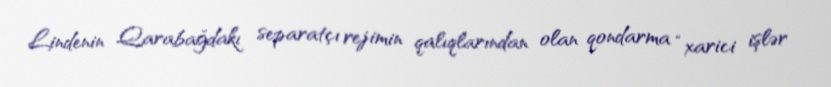
Lindenin Qarabağdakı separatçı rejimin qalıqlarından olan qondarma “xarici işlər